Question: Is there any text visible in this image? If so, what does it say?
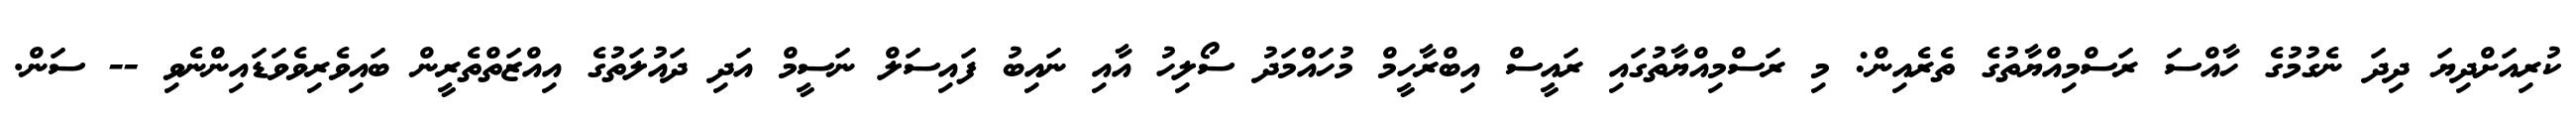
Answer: ކުރިއަށްދިޔަ ދިދަ ނެގުމުގެ ހާއްސަ ރަސްމިއްޔާތުގެ ތެރެއިން: މި ރަސްމިއްޔާތުގައި ރައީސް އިބްރާހީމް މުހައްމަދު ސޯލިހު އާއި ނައިބު ފައިސަލް ނަސީމް އަދި ދައުލަތުގެ އިއްޒަތްތެރީން ބައިވެރިވެވަޑައިންނެވި -- ސަން.